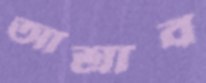
আশ্রাব